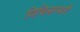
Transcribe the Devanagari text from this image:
विचित्राम्बरी